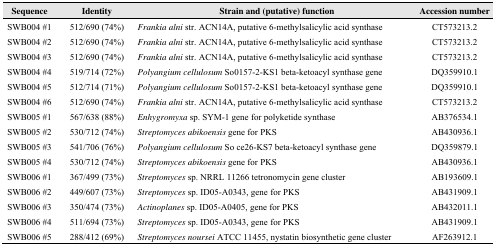
| Sequence | Identity | Strain and (putative) function | Accession number |
 | --- | --- | --- | --- |
 | SWB004 #1 | 512/690 (74%) | Frankia alni str. ACN14A, putative 6-methylsalicylic acid synthase | CT573213.2 |
 | SWB004 #2 | 512/690 (74%) | Frankia alni str. ACN14A, putative 6-methylsalicylic acid synthase | CT573213.2 |
 | SWB004 #3 | 512/690 (74%) | Frankia alni str. ACN14A, putative 6-methylsalicylic acid synthase | CT573213.2 |
 | SWB004 #4 | 519/714 (72%) | Polyangium cellulosum So0157-2-KS1 beta-ketoacyl synthase gene | DQ359910.1 |
 | SWB004 #5 | 512/714 (71%) | Polyangium cellulosum So0157-2-KS1 beta-ketoacyl synthase gene | DQ359910.1 |
 | SWB004 #6 | 512/690 (74%) | Frankia alni str. ACN14A, putative 6-methylsalicylic acid synthase | CT573213.2 |
 | SWB005 #1 | 567/638 (88%) | Enhygromyxa sp. SYM-1 gene for polyketide synthase | AB376534.1 |
 | SWB005 #2 | 530/712 (74%) | Streptomyces abikoensis gene for PKS | AB430936.1 |
 | SWB005 #3 | 541/706 (76%) | Polyangium cellulosum So ce26-KS7 beta-ketoacyl synthase gene | DQ359879.1 |
 | SWB005 #4 | 530/712 (74%) | Streptomyces abikoensis gene for PKS | AB430936.1 |
 | SWB006 #1 | 367/499 (73%) | Streptomyces sp. NRRL 11266 tetronomycin gene cluster | AB193609.1 |
 | SWB006 #2 | 449/607 (73%) | Streptomyces sp. ID05-A0343, gene for PKS | AB431909.1 |
 | SWB006 #3 | 350/474 (73%) | Actinoplanes sp. ID05-A0405, gene for PKS | AB432011.1 |
 | SWB006 #4 | 511/694 (73%) | Streptomyces sp. ID05-A0343, gene for PKS | AB431909.1 |
 | SWB006 #5 | 288/412 (69%) | Streptomyces noursei ATCC 11455, nystatin biosynthetic gene cluster | AF263912.1 |